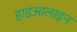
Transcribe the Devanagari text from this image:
हाइआलाइन